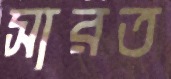
সারত